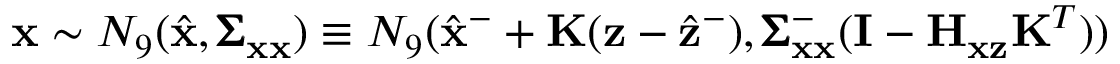
\mathbf { x } \sim N _ { 9 } ( \hat { \mathbf { x } } , \pmb { \Sigma } _ { \mathbf { x } \mathbf { x } } ) \equiv N _ { 9 } ( \hat { \mathbf { x } } ^ { - } + \mathbf { K } ( \mathbf { z } - \hat { \mathbf { z } } ^ { - } ) , \pmb { \Sigma } _ { \mathbf { x } \mathbf { x } } ^ { - } ( \mathbf { I } - \mathbf { H } _ { \mathbf { x } \mathbf { z } } \mathbf { K } ^ { T } ) )